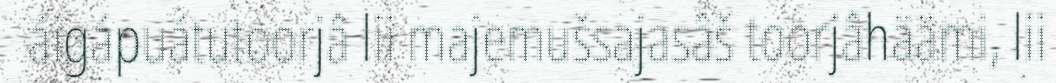
áigápuátutoorjâ lii majemušsajasâš toorjâhäämi, lii